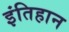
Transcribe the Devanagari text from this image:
इंतिहान